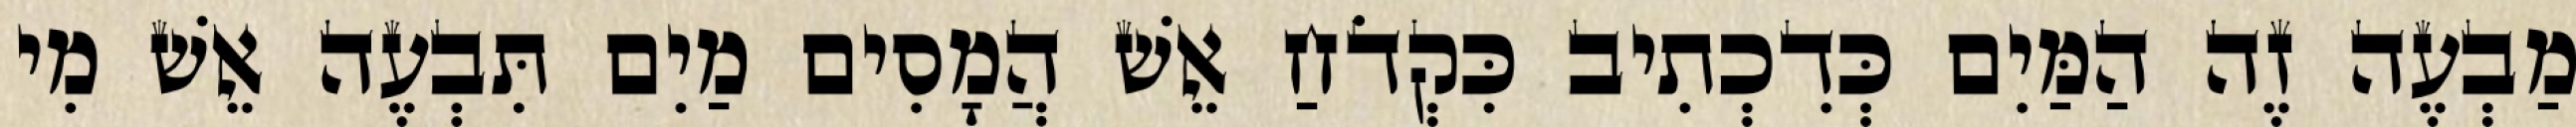
מַבְעֶה זֶה הַמַּיִם כְּדִכְתִיב כִּקְדֹחַ אֵשׁ הֲמָסִים מַיִם תִּבְעֶה אֵשׁ מִי